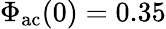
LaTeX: \Phi_{\mathrm{ac}}(0)=0.35